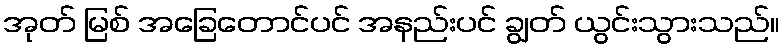
အုတ် မြစ် အခြေတောင်ပင် အနည်းပင် ချွတ် ယွင်းသွားသည်။